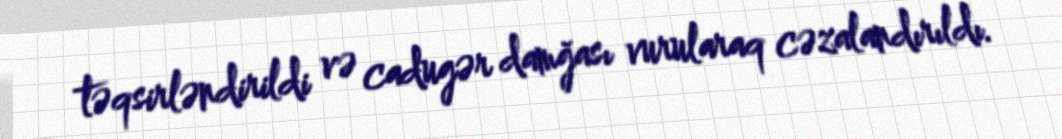
təqsirləndirildi və cadugər damğası vurularaq cəzalandırıldı.